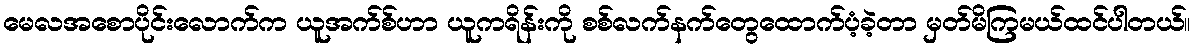
မေလအစောပိုင်းလောက်က ယူအက်စ်ဟာ ယူကရိန်းကို စစ်လက်နက်တွေထောက်ပံ့ခဲ့တာ မှတ်မိကြမယ်ထင်ပါတယ်။